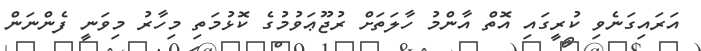
އަރައިގަނެވި ކުރީގައި އޮތް އާންމު ހާލަތަށް ރުޖޫޢަވުމުގެ ކޮޅުމަތި މިހާރު މިވަނީ ފެންނަން